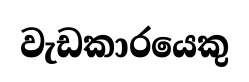
වැඩකාරයෙකු